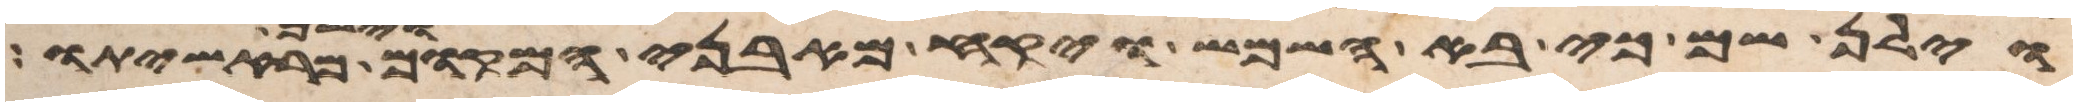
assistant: וילן שם כי בא השמש ויקח מאבני המקום וישם מראשיתו